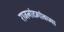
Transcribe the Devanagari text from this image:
राजनांदगांवच्या